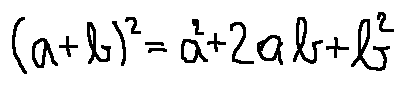
( a + b ) ^ { 2 } = a ^ { 2 } + 2 a b + b ^ { 2 }